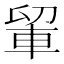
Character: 𮝉